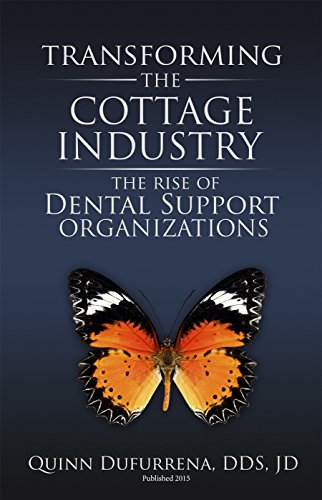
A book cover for Transforming the Cottage Industry - The Rise of Dental Support Organizations; Quinn Dufurrena; Medical Books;